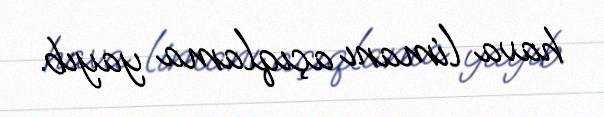
hava limanı açıqlama yayıb.